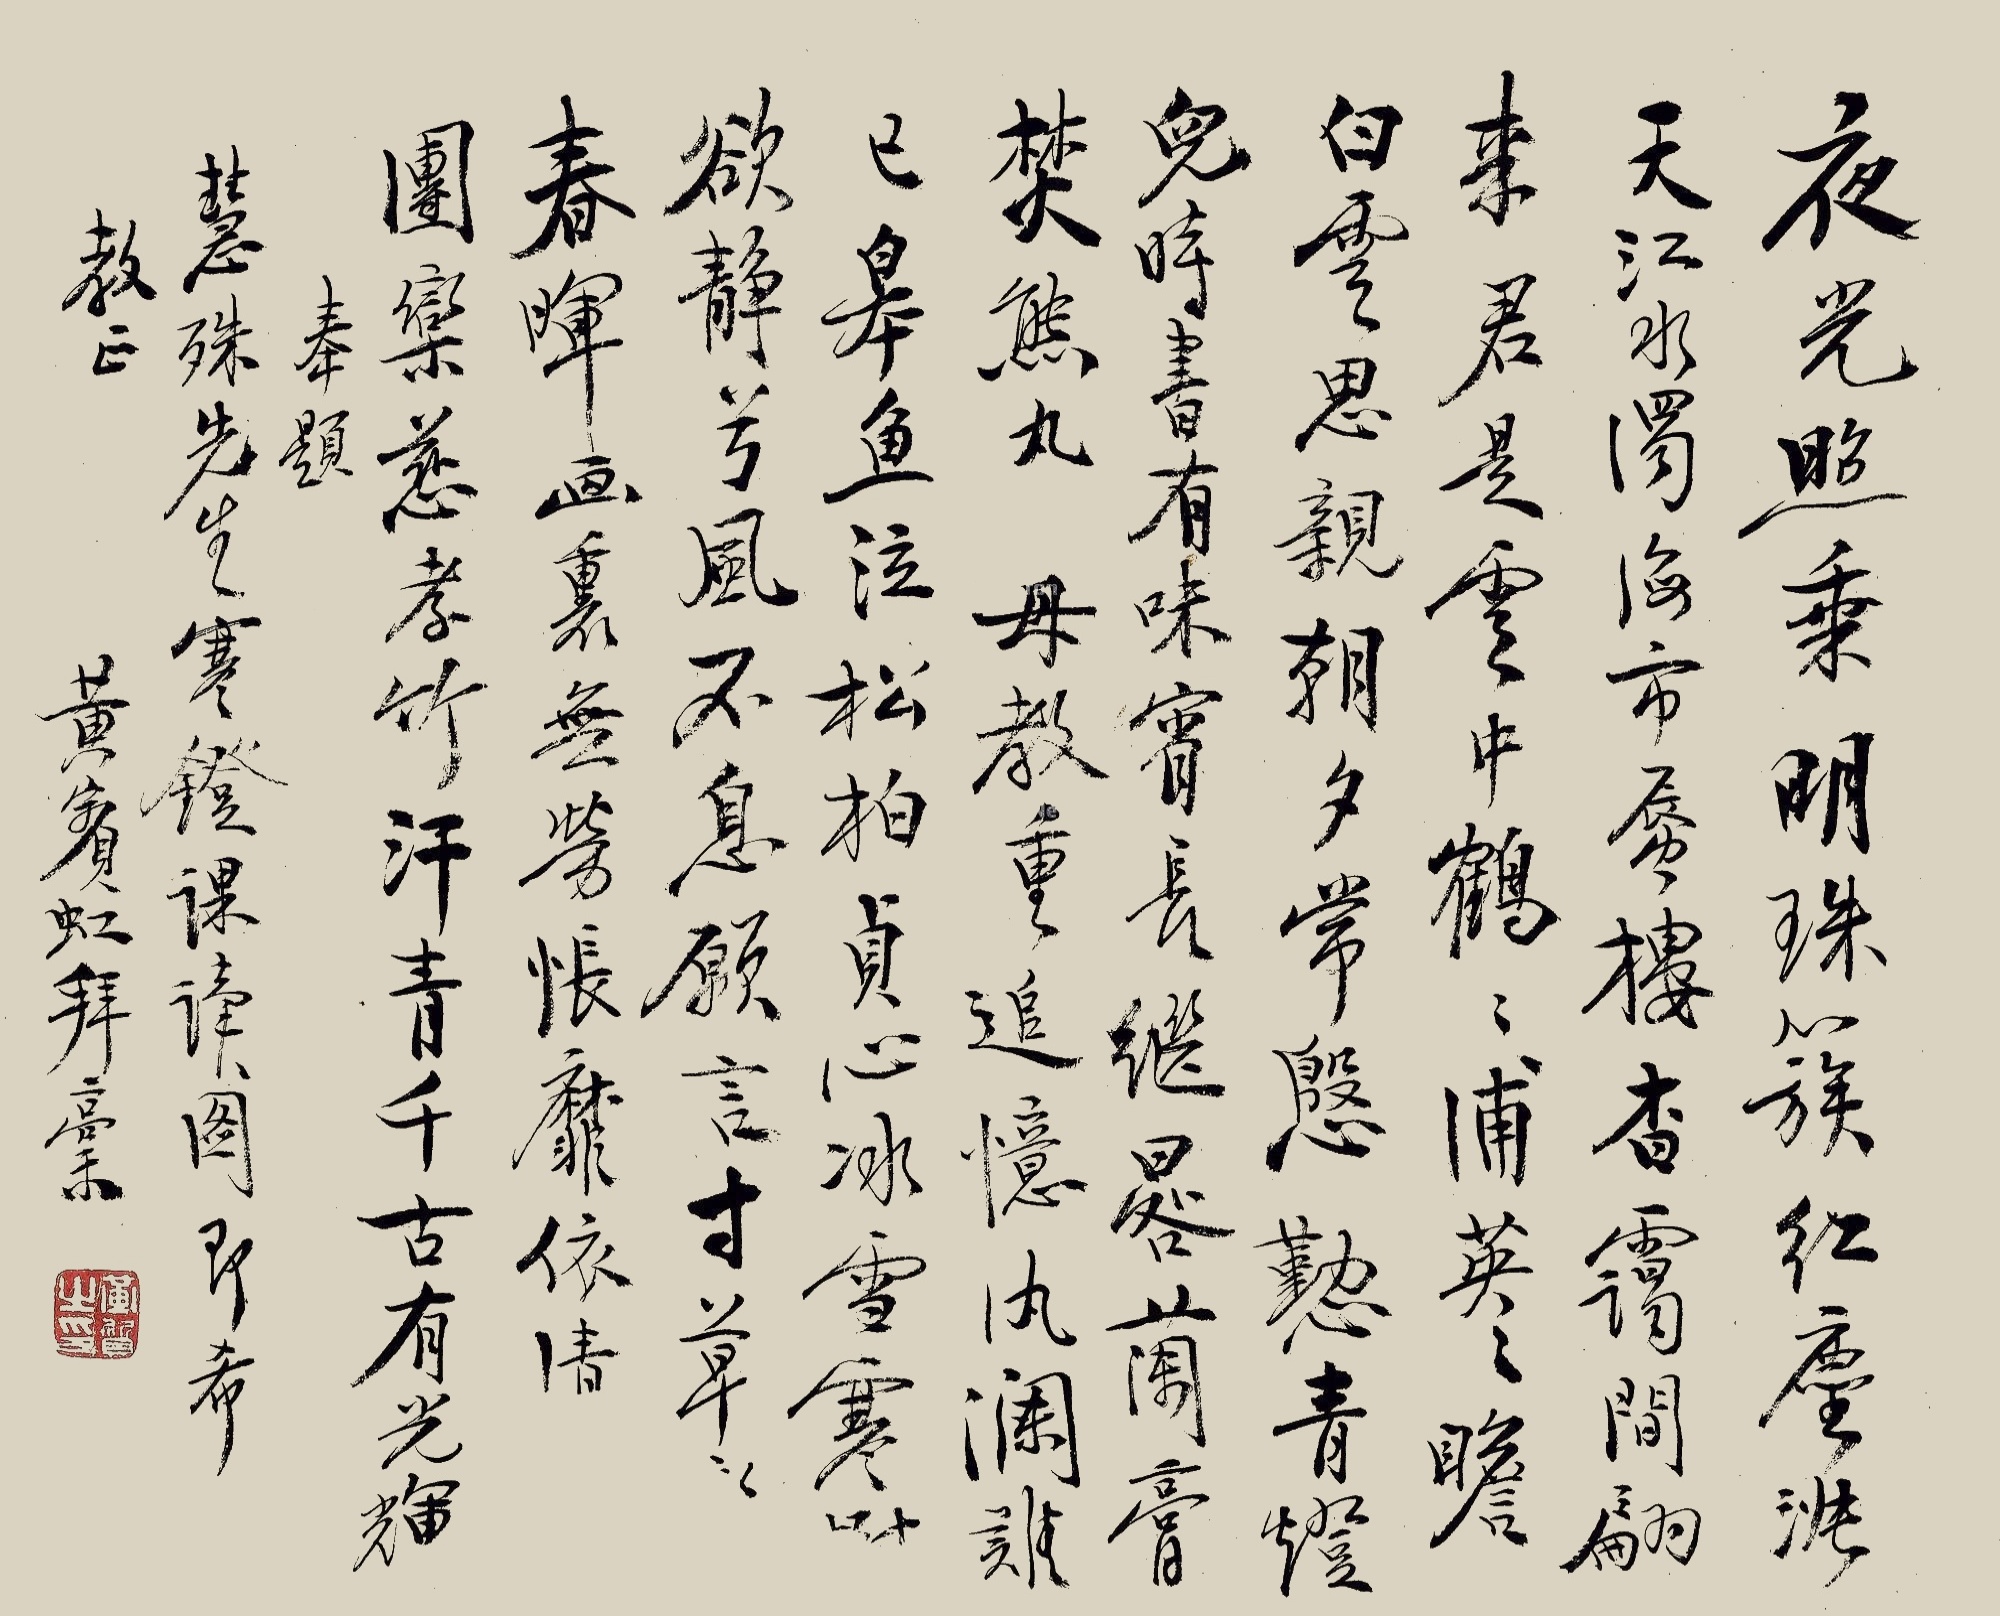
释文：夜光照乘明珠簇，红尘涨天江水浊。海市蜃楼杳霭间，翩来君是云中鹤。鹤浦英英瞻白云，思亲朝夕常殷勤。青灯儿时书有味，宵长继晷兰膏焚。熊丸母教重追忆，汍澜难已皋鱼泣。松柏贞心冰雪寒，树欲静兮风不息。愿言寸草报春晖，画里无劳怅靡依。清碧团栾慈孝竹，汗青千古有光辉。奉题慧殊先生《寒镫课读图》，即希教正。黄宾虹拜稿。